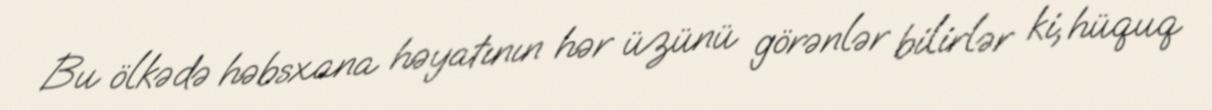
Bu ölkədə həbsxana həyatının hər üzünü görənlər bilirlər ki, hüquq